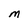
Character: M